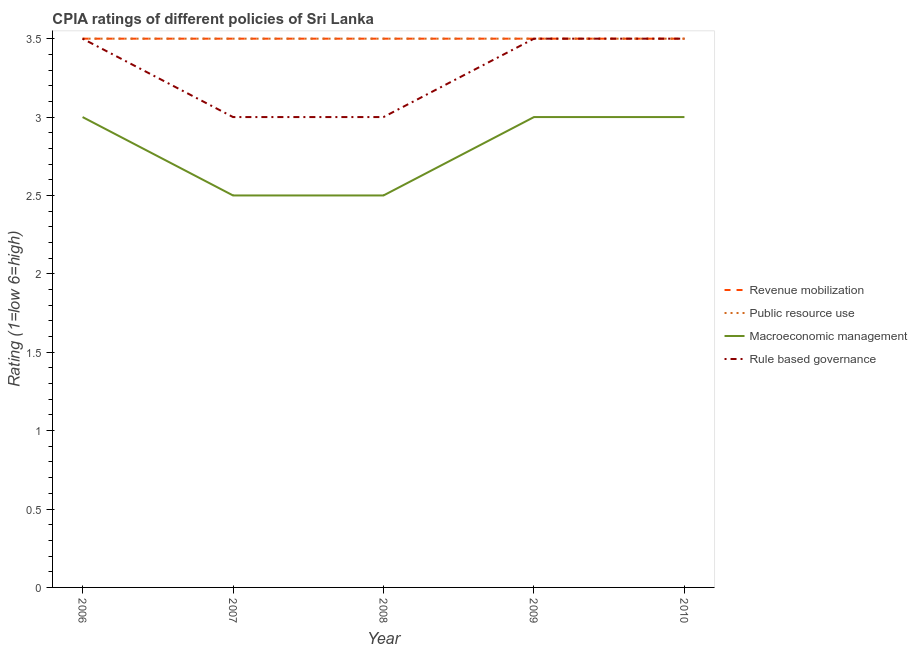
| Year | Revenue mobilization | Public resource use | Macroeconomic management | Rule based governance |
 | --- | --- | --- | --- | --- |
 | 2006 | 3.5 | 3.5 | 3 | 3.5 |
 | 2007 | 3.5 | 3.5 | 2.5 | 3 |
 | 2008 | 3.5 | 3.5 | 2.5 | 3 |
 | 2009 | 3.5 | 3.5 | 3 | 3.5 |
 | 2010 | 3.5 | 3.5 | 3 | 3.5 |